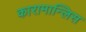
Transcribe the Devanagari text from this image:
कारामान्लिस